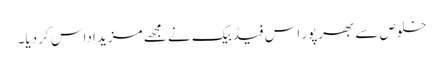
خلوص سے بھرپور اس فیڈبیک نے مجھے مزید اداس کر دیا۔